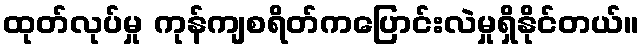
ထုတ်လုပ်မှု ကုန်ကျစရိတ်ကပြောင်းလဲမှုရှိနိုင်တယ်။